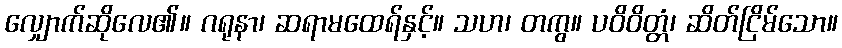
လျှောက်ဆိုလေ၏။ ဂရုနာ၊ ဆရာမထေရ်နှင့်။ သဟ၊ တကွ။ ပဝိဝိတ္တံ၊ ဆိတ်ငြိမ်သော။